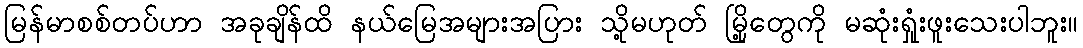
မြန်မာစစ်တပ်ဟာ အခုချိန်ထိ နယ်မြေအများအပြား သို့မဟုတ် မြို့တွေကို မဆုံးရှုံးဖူးသေးပါဘူး။